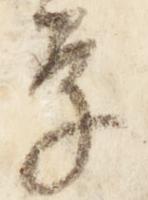
案